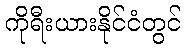
ကိုရီးယားနိုင်ငံတွင်